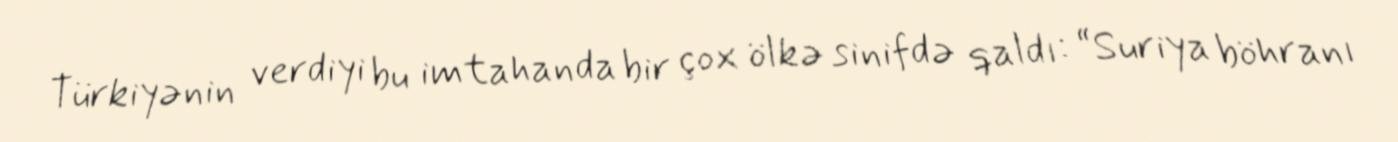
Türkiyənin verdiyi bu imtahanda bir çox ölkə sinifdə qaldı: “Suriya böhranı